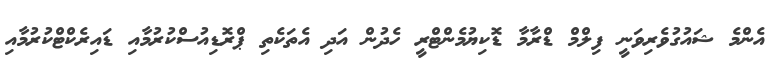
އެންމެ ޝައުގުވެރިވަނީ ފިލްމް ޑްރާމާ ޑޮކިޔުމެންޓްރީ ހެދުން އަދި އެތަކެތި ޕްރޮޑިއުސްކުރުމާއި ޑައިރެކްޓްކުރުމާއި